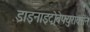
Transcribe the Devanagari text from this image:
डाइनाइट्रोबेफ्युराक्सेन